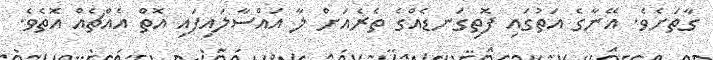
ގާތަށެވެ. އޭނާގެ އަތުގައި ފޮތިގަނޑެއްގެ ތެރެއަށް ލާ އައްސާލައިފައި އޮތް އެއްޗެއް އޮތެވެ.